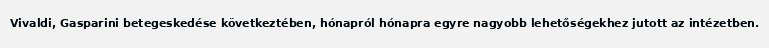
Vivaldi, Gasparini betegeskedése következtében, hónapról hónapra egyre nagyobb lehetőségekhez jutott az intézetben.